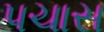
પચાસ